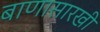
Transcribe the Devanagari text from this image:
बाणासारखी